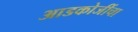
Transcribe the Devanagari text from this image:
आडकोजींचा